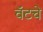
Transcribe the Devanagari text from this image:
वॅटचे